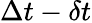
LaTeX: \Delta t-\delta t